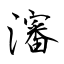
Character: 瀋